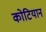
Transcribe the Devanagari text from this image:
कोटियान